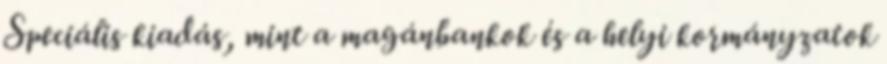
Speciális kiadás, mint a magánbankok és a helyi kormányzatok